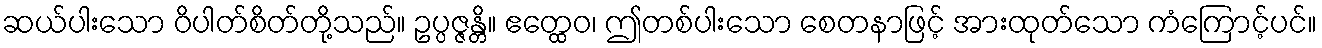
ဆယ်ပါးသော ဝိပါတ်စိတ်တို့သည်။ ဥပ္ပဇ္ဇန္တိ။ ဧတ္ထေဝ၊ ဤတစ်ပါးသော စေတနာဖြင့် အားထုတ်သော ကံကြောင့်ပင်။